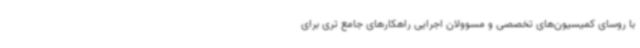
با روسای کمیسیون‌های تخصصی و مسوولان اجرایی راهکارهای جامع تری برای